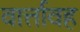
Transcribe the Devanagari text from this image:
वार्त्तावह